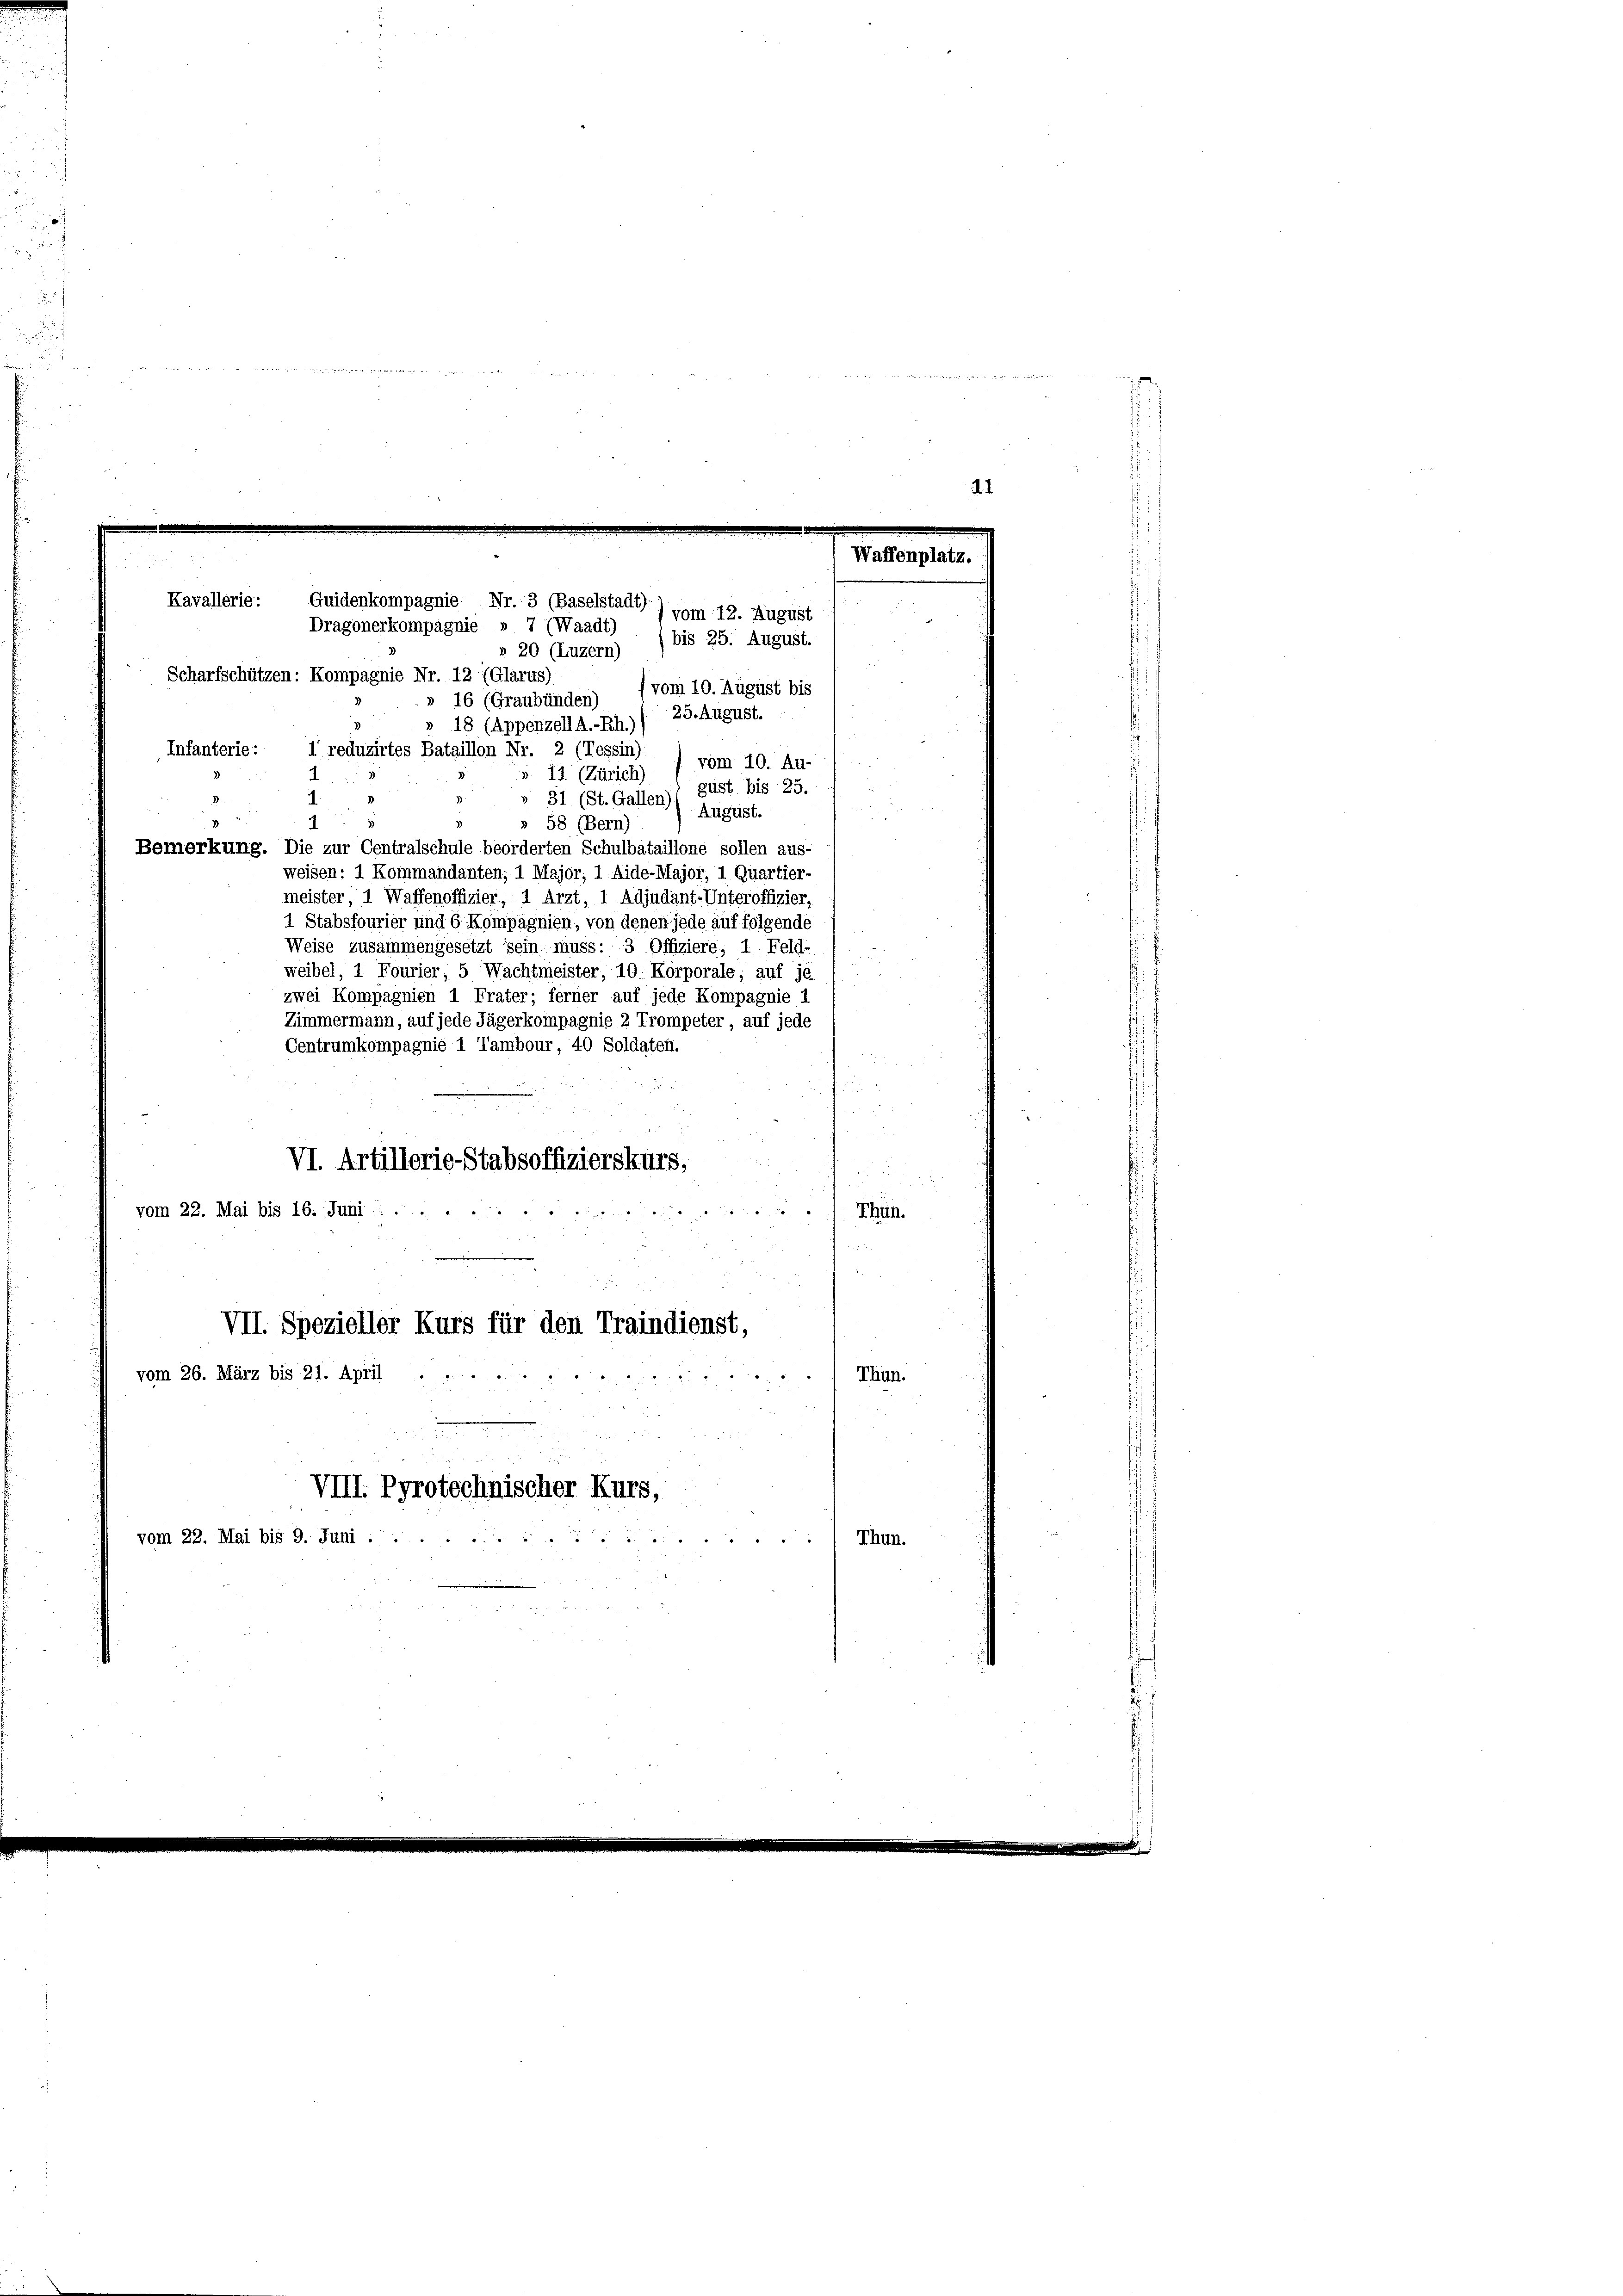
den unsern an de
 B e g
entenderessen seit in der Regier

Scharfschützen: Kompagnie Nr. 12 (Glarus)
(vom 10. August bis
» 16 (Graubünden)
25. August.
18 (Appenzell A.-Rh.)
Infanterie:
1 reduzirtes Bataillon Nr. 2 (Tessin)
vom 10. Au-
». 11. (Zürich)
gust bis 25.
1.
» 31 (St. Gallen
August.
» 58 (Bern)
1
Bemerkung. Die zur Centralschule beorderten Schulbataillone sollen aus-
weisen: 1 Kommandanten; 1 Major, 1 Aide-Major, 1 Quartier-
meister, 1 Waffenoffizier, 1 Arzt, 1 Adjudant-Unteroffizier,
1 Stabsfourier und 6 Kompagnien, von denen jede auf folgende
Weise zusammengesetzt sein muss: 3 Offiziere, 1. Feld-
weibel, 1 Fourier, 5 Wachtmeister, 10. Korporale, auf je
zwei Kompagnien 1 Frater; ferner auf jede Kompagnie 1
Zimmermann, auf jede Jägerkompagnie 2 Trompeter, auf jede
Centrumkompagnie 1 Tambour, 40 Soldaten.
u
VI. Artillerie-Stabsoffizierskurs,
e
vom 22. Mai bis 16. Juni .....
Thun.

VII. Spezieller Kurs für den Traindienst,
.
vom 26. März bis 21. April ......
Thun.
VIII. Pyrotechnischer Kurs,
vom 22. Mai bis 9. Juni .
Thun.

Kavallerie:
Guidenkompagnie Nr. 3. (Baselstadt).
) vom 12. August
Dragonerkompagnie » 7 (Waadt)
bis 25. August.
» 20 (Luzern)

.